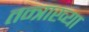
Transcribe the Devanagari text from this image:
तन्त्राख्या